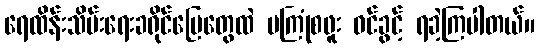
ရေထိန်းသိမ်းရေးခရိုင်မြေတွေထဲ မကြုံစဖူး ဝင်ခွင့် ရခဲ့ကြပါတယ်။